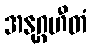
အနုဂ္ဂဟီတံ